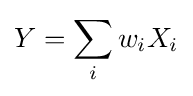
Y=\sum _{i}w_{i}X_{i}